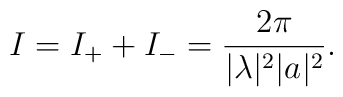
I = I_+ + I_- = \frac{2\pi}{\vert\lambda\vert^2\vert a\vert^2}.